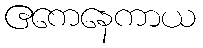
ဧကေနေကာယ